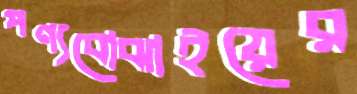
পণ্যবোঝাইয়ের